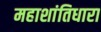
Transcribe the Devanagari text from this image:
महाशांतिधारा